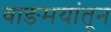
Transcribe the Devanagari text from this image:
वाङमयांतून